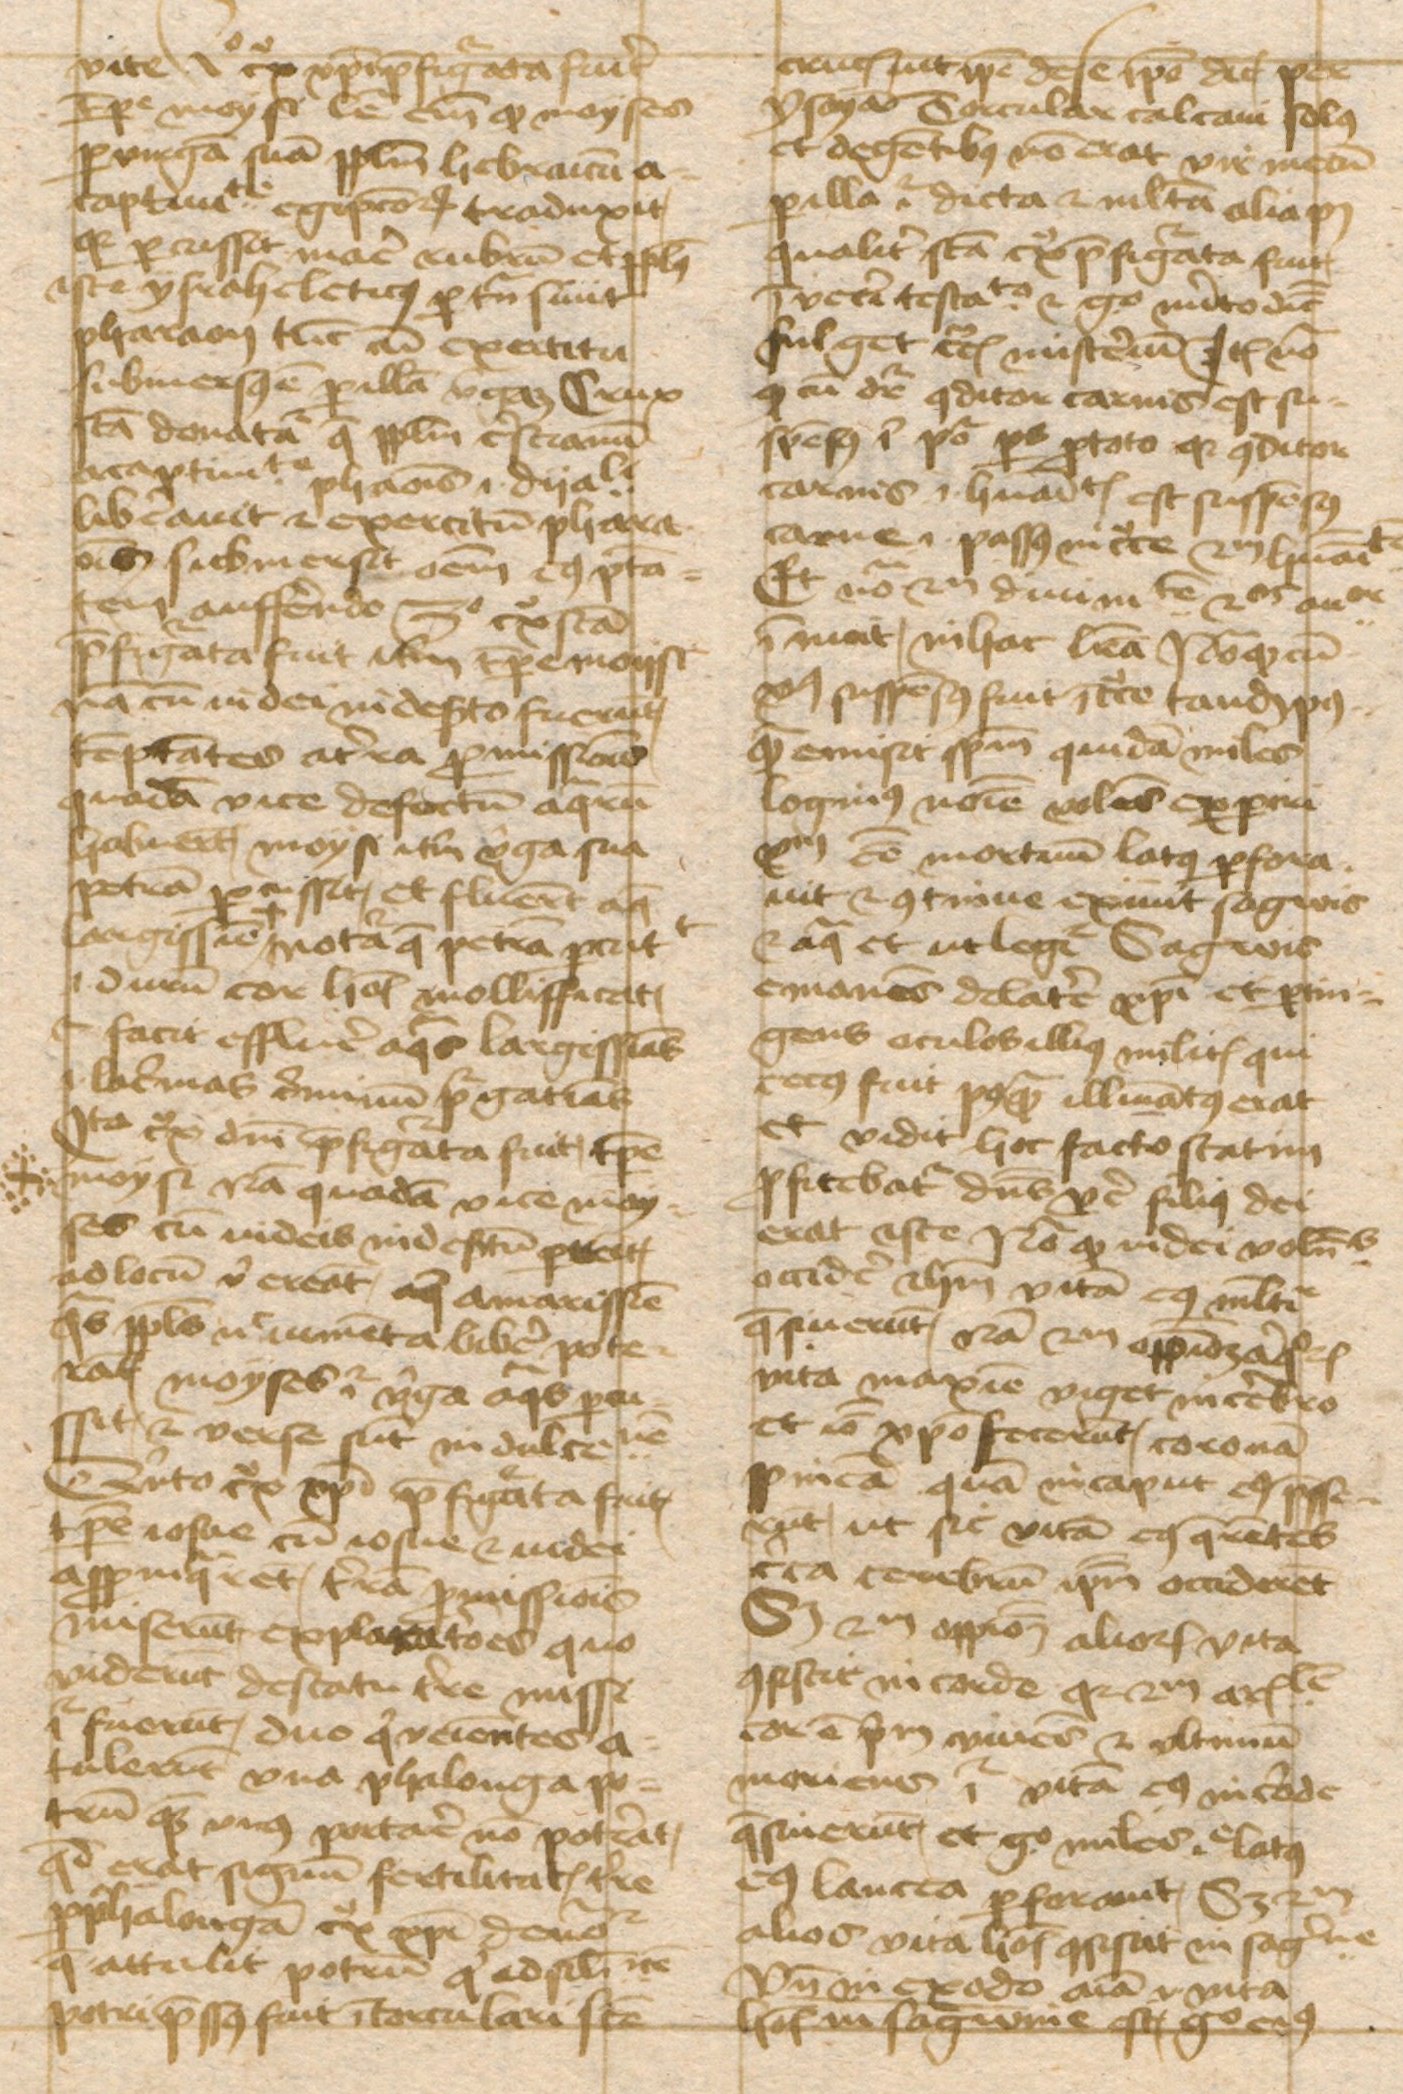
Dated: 1443–1443